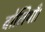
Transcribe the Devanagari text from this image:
बोलियाँ।